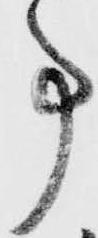
事